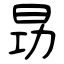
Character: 昮